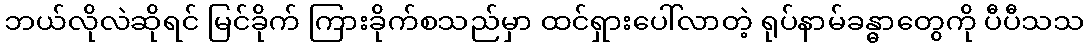
ဘယ်လိုလဲဆိုရင် မြင်ခိုက် ကြားခိုက်စသည်မှာ ထင်ရှားပေါ်လာတဲ့ ရုပ်နာမ်ခန္ဓာတွေကို ပီပီသသ